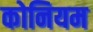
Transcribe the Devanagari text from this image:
कोनियम